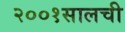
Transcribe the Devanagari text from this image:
२००१सालची